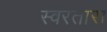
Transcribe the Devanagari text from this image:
स्वरतारा